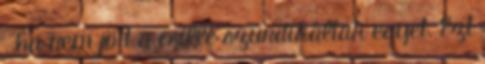
, ha nem jött a csille szundikáltak egyet. Ezt